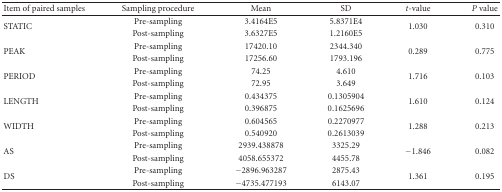
| Item of paired samples | Sampling procedure | Mean | SD | t-value | P value |
 | --- | --- | --- | --- | --- | --- |
 | <ROWSPAN=2> STATIC | Pre-sampling | 3.4164E5 | 5.8371E4 | <ROWSPAN=2> 1.030 | <ROWSPAN=2> 0.310 |
 | Post-sampling | 3.6327E5 | 1.2160E5 |
 | <ROWSPAN=2> PEAK | Pre-sampling | 17420.10 | 2344.340 | <ROWSPAN=2> 0.289 | <ROWSPAN=2> 0.775 |
 | Post-sampling | 17256.60 | 1793.196 |
 | <ROWSPAN=2> PERIOD | Pre-sampling | 74.25 | 4.610 | <ROWSPAN=2> 1.716 | <ROWSPAN=2> 0.103 |
 | Post-sampling | 72.95 | 3.649 |
 | <ROWSPAN=2> LENGTH | Pre-sampling | 0.434375 | 0.1305904 | <ROWSPAN=2> 1.610 | <ROWSPAN=2> 0.124 |
 | Post-sampling | 0.396875 | 0.1625696 |
 | <ROWSPAN=2> WIDTH | Pre-sampling | 0.604565 | 0.2270977 | <ROWSPAN=2> 1.288 | <ROWSPAN=2> 0.213 |
 | Post-sampling | 0.540920 | 0.2613039 |
 | <ROWSPAN=2> AS | Pre-sampling | 2939.438878 | 3325.29 | <ROWSPAN=2> −1.846 | <ROWSPAN=2> 0.082 |
 | Post-sampling | 4058.655372 | 4455.78 |
 | <ROWSPAN=2> DS | Pre-sampling | −2896.963287 | 2875.43 | <ROWSPAN=2> 1.361 | <ROWSPAN=2> 0.195 |
 | Post-sampling | −4735.477193 | 6143.07 |